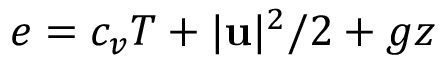
e = c _ { v } T + | \mathbf u | ^ { 2 } / 2 + g z